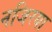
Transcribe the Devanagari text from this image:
नजिरया